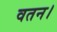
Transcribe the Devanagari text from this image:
वतन।